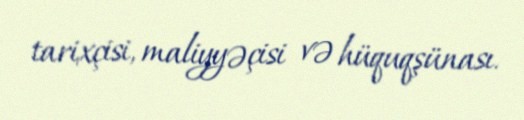
tarixçisi, maliyyəçisi və hüquqşünası.